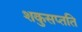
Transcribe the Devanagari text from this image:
शकुसप्तति